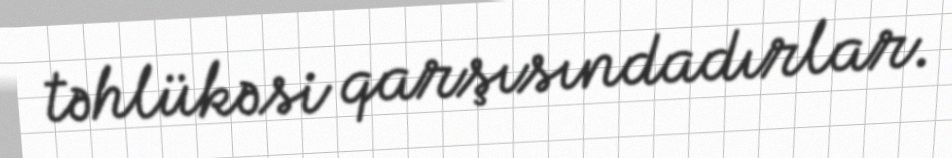
təhlükəsi qarşısındadırlar.